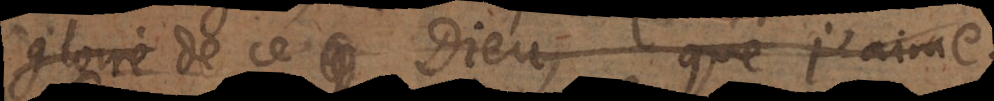
gloire de ce Dieu, que j’aime..